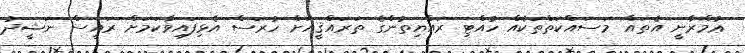
ޢުމްރާނީ އެތައް މަސައްކަތްތަކެއް ހުއްޓި ރައްޔިތުންގެ ތަރައްޤީއަށް ހުރަސް އެޅިފައިވާކަމަށް ރައީސް ނަޝީދު